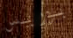
بوريس